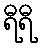
ရီရီ